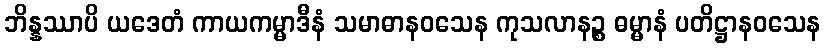
ဘိန္နဿာပိ ယဒေတံ ကာယကမ္မာဒီနံ သမာဓာနဝသေန ကုသလာနဉ္စ ဓမ္မာနံ ပတိဋ္ဌာနဝသေန